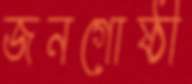
জনগোষ্ঠী